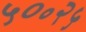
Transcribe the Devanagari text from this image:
५०॰२५